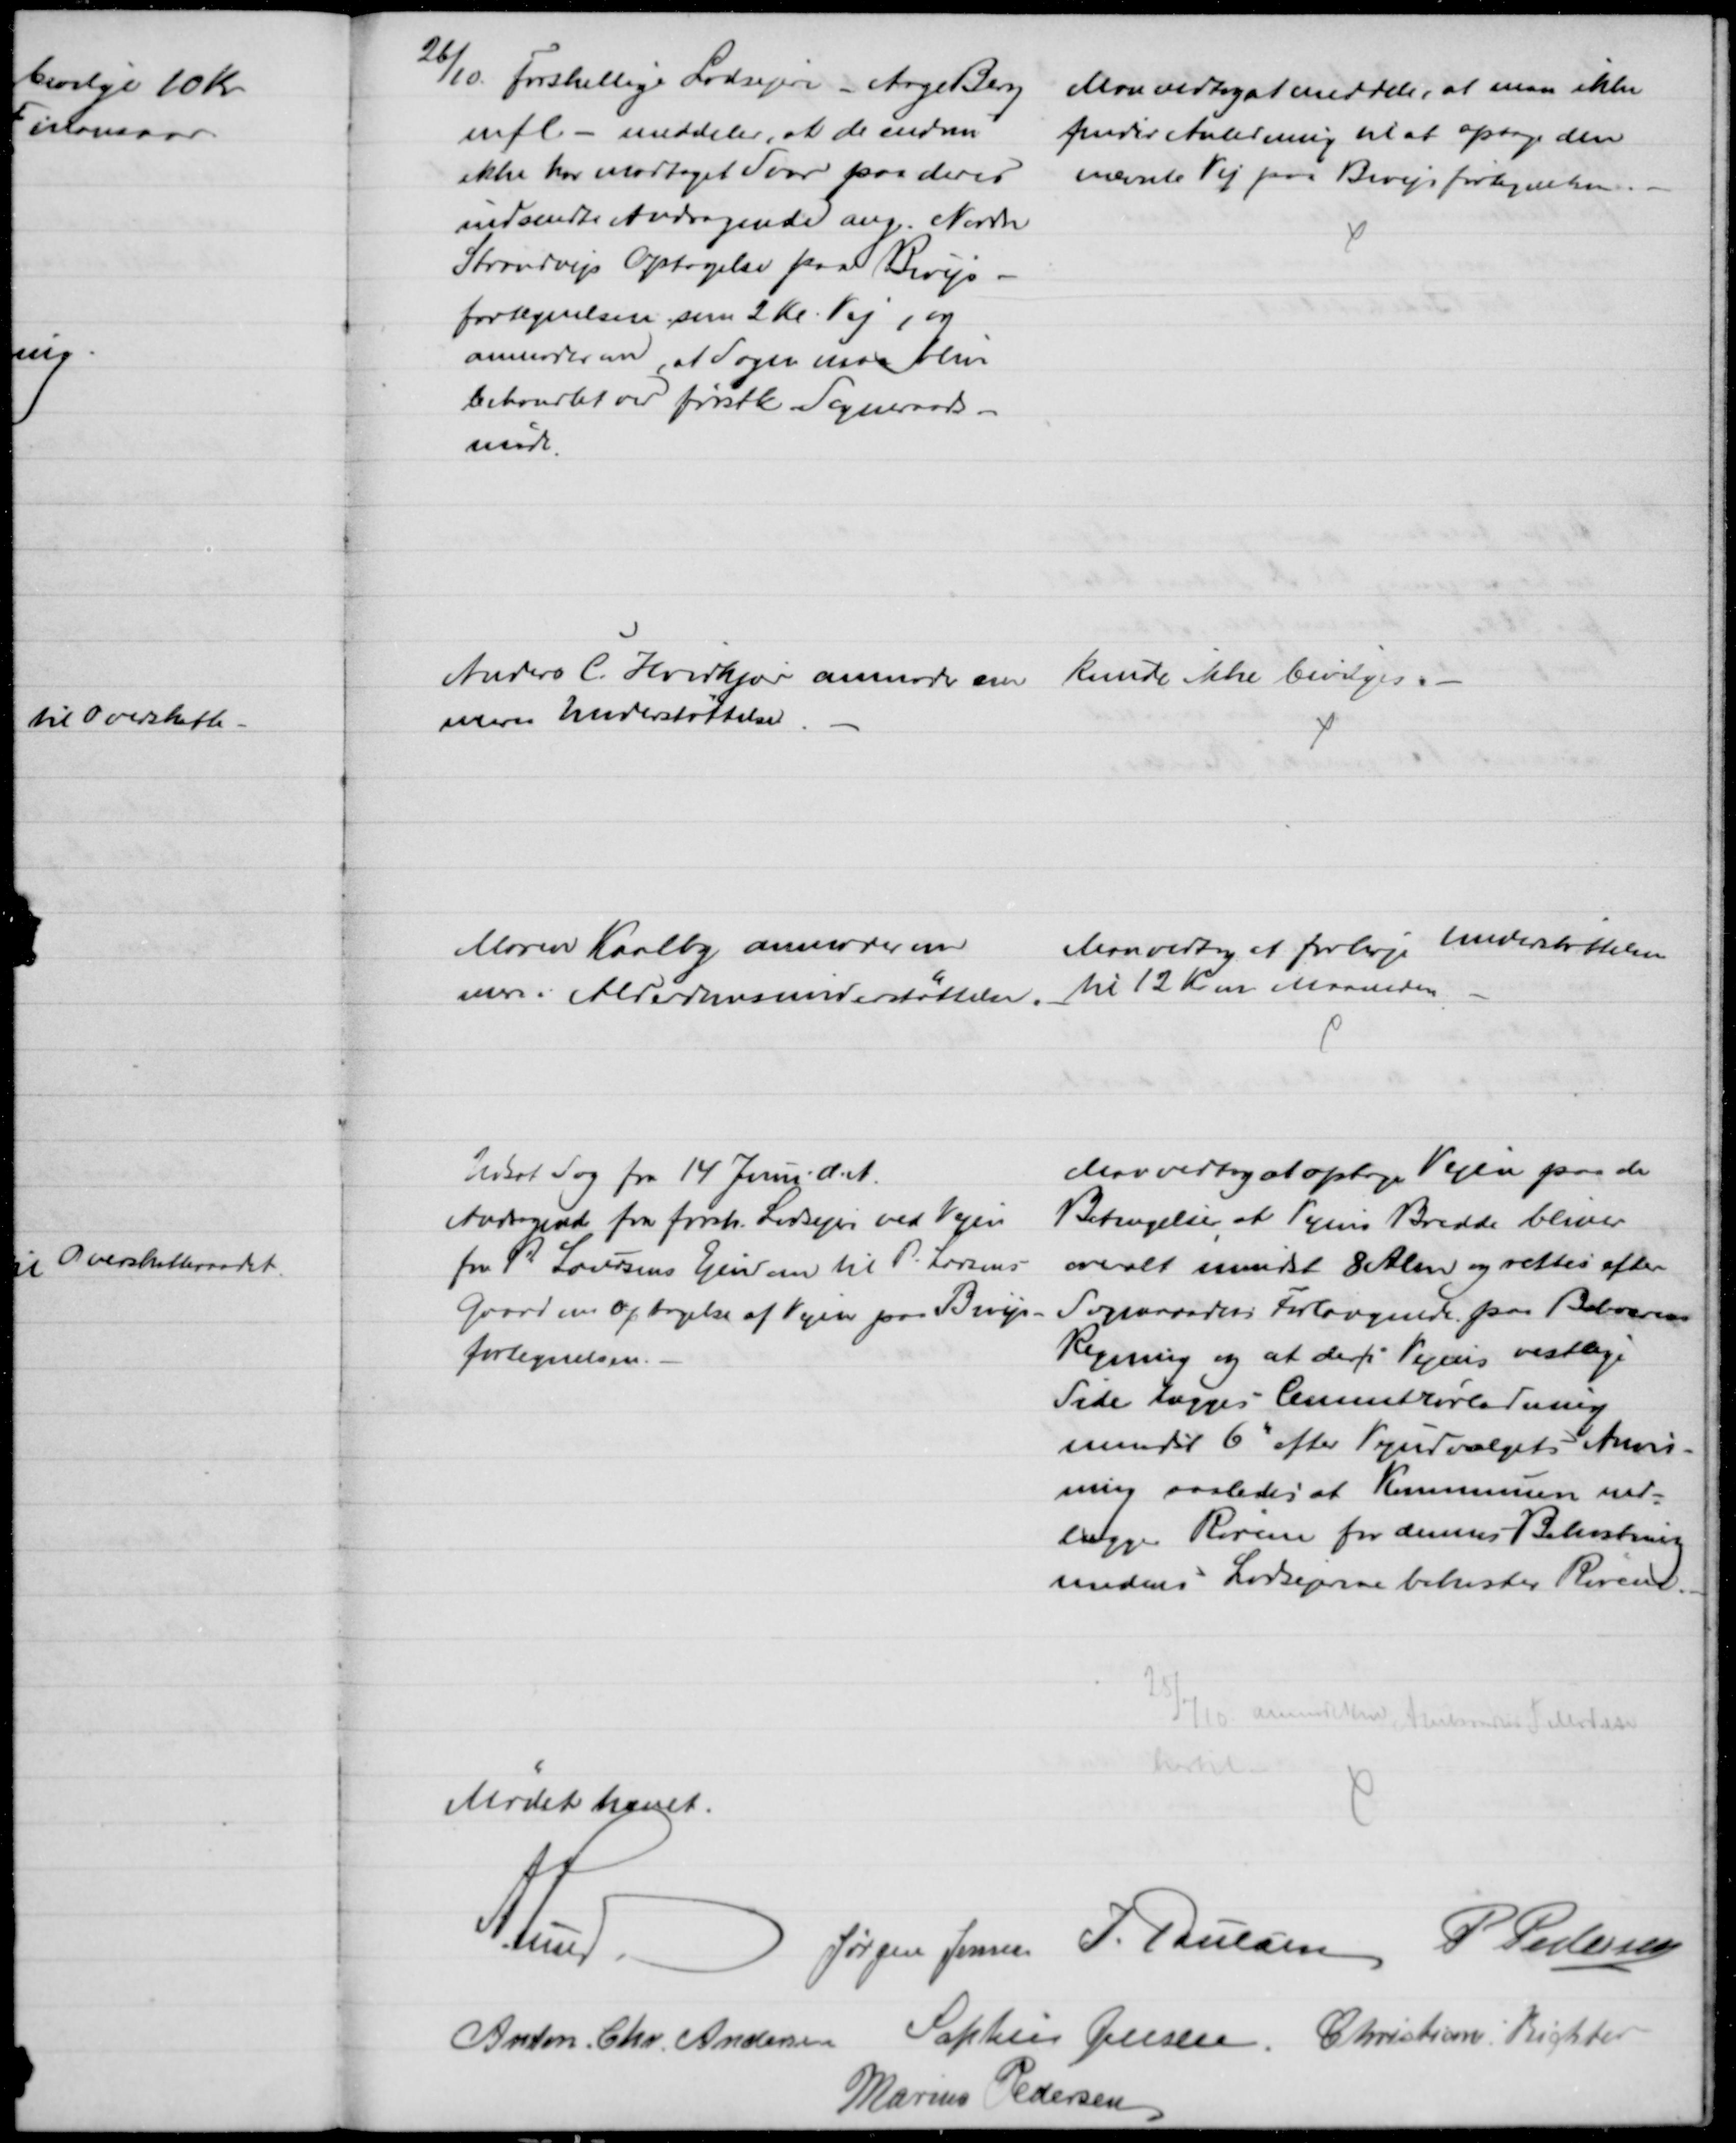
Transskription:
26/10. Forskellige Lodsejere - Aage Berg
mfl. - meddeler, at de endnu
ikke har modtaget Svar paa deres
indsendte Andragende ang. Nordre
Strandvejs Optagelse paa Bivejs-
fortegnelsen, som 2 Kl. Vej, og
anmoder om, at Sagen maa blive
behandlet ved førstk Sogneraads-
møde.
Man vedtoget meddele, at man ikke
finder Anledning til at optage den
nævnte Vej paa Bivejsfortegnelsen.
Anders C. Hvidkjær anmoder om
mere Understøttelse
Kunde ikke bevilges.
Maren Kaalby anmoder om
mere i Alderdomsunderstøttelse. 
Man vedtog et forhøje Understøttelsen
til 12 Kr om Maaneden
Udsat Sag fra 14 Juni d. A.
Andragende fra forsk. Lodsejer ved Vejen
fra P. Laursens Ejendom til P. Larsens
Gaard om Optagelse af Vejen paa Bivejs-
fortegnelsen.
Man vedtog at optage Vejen paa de
Betingelser, at Vejens Bredde bliver 
overalt mindst 8 Alen og rettes efter
Sogneraadets Forlangende paa Beboernes
Regning, og at der/i Vejens vestlige
Side lægges Cementrørledning
mindst 6" efter Vejudvalgets Anvis-
ning saaledes at Kommunen ned=
lægger Rørene for dennes Bekostning
medens Lodsejerne bekoster Rørene.
25/7 10
anmodet om Amtsraadets Tilladelse
hertil
Mødet hævet.
A. Lund.
Jørgen Jensen J. Poulsen P Pedersen
Anton Chr. Andersen Sophus Jensen. Christian Richter
Marius Pedersen